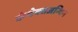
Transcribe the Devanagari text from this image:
कंथेक्सअन्थिन